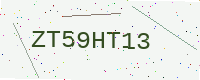
Text: ZT59HT13